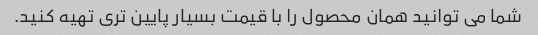
شما می توانید همان محصول را با قیمت بسیار پایین تری تهیه کنید.